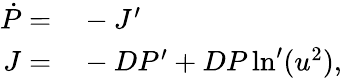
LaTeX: \begin{array}{rl}{\dot{P}=}&{{}-J^{\prime}}\\ {J=}&{{}-DP^{\prime}+DP\ln^{\prime}(u^{2}),}\end{array}